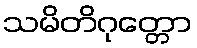
သမိတိဂုတ္တော